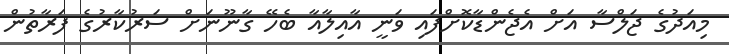
މިއަދުގެ ޖަލްސާ އަށް އެޖެންޑާކޮށްފައި ވަނީ އާއިލާއާ ބެހޭ ގާނޫނަށް ސަރުކާރުގެ ފަރާތުން